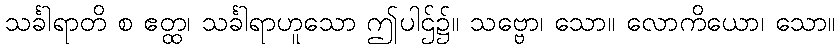
သင်္ခါရာတိ စ ဧတ္ထ၊ သင်္ခါရာဟူသော ဤပါဌ်၌။ သဗ္ဗော၊ သော။ လောကိယော၊ သော။